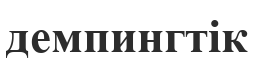
демпингтік